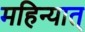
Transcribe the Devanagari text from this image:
महिन्यात्